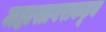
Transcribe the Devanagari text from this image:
महासागराकडून